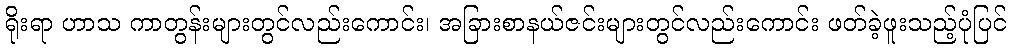
ရိုးရာ ဟာသ ကာတွန်းများတွင်လည်းကောင်း၊ အခြားစာနယ်ဇင်းများတွင်လည်းကောင်း ဖတ်ခဲ့ဖူးသည့်ပုံပြင်